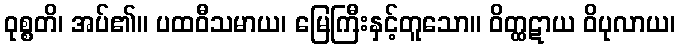
ဝုစ္စတိ၊ အပ်၏။ ပထဝီသမာယ၊ မြေကြီးနှင့်တူသော။ ဝိတ္ထဋာယ ဝိပုလာယ၊